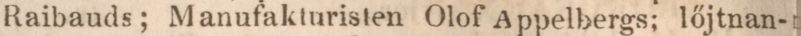
Raibauds; Manufakturisten Olof appelbergs; lőjtnan-